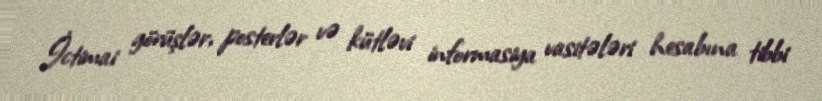
İctimai görüşlər, posterlər və kütləvi informasiya vasitələri hesabına tibbi